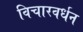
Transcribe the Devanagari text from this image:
विचारवर्धन